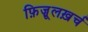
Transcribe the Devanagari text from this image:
फ़िज़ूलख़र्च